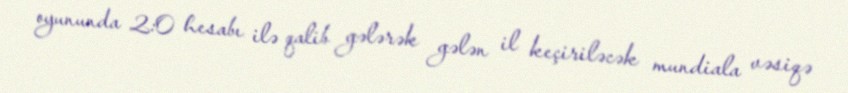
oyununda 2:0 hesabı ilə qalib gələrək gələn il keçiriləcək mundiala vəsiqə